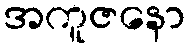
အကူဇနော